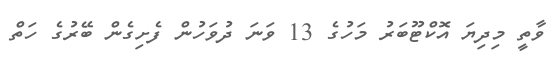
ވާތީ މިދިޔަ އޮކްޓޫބަރު މަހުގެ 13 ވަނަ ދުވަހުން ފެށިގެން ބޭރުގެ ހަތް